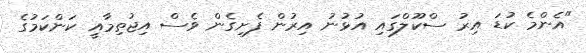
"އެންމެ ކުޑަ އިރު ސްކޫލްގައި އުޅުނު އިރުން ފެށިގެން ވެސް އިޖުތިމާއީ ކަންކަމުގެ